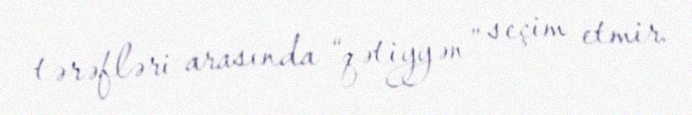
tərəfləri arasında “qətiyyən” seçim etmir.